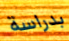
بدراسة